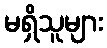
မရှိသူများ